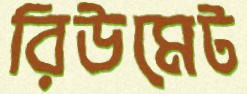
রিউমেট